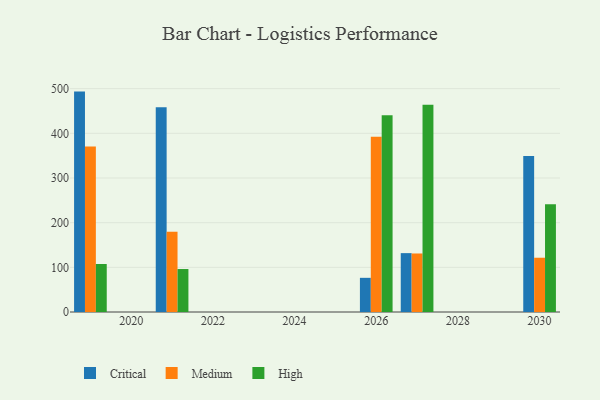
{"axis": {"x": "Year", "y": "Churn Rate (%)"}, "legend": ["Critical", "High", "Medium"], "data": [{"x": "2019", "y": 493.4, "type": "Critical"}, {"x": "2019", "y": 370.5, "type": "Medium"}, {"x": "2019", "y": 107.4, "type": "High"}, {"x": "2021", "y": 458.6, "type": "Critical"}, {"x": "2021", "y": 179.7, "type": "Medium"}, {"x": "2021", "y": 96.2, "type": "High"}, {"x": "2026", "y": 76.5, "type": "Critical"}, {"x": "2026", "y": 392.3, "type": "Medium"}, {"x": "2026", "y": 440.7, "type": "High"}, {"x": "2027", "y": 131.8, "type": "Critical"}, {"x": "2027", "y": 131.0, "type": "Medium"}, {"x": "2027", "y": 464.2, "type": "High"}, {"x": "2030", "y": 349.5, "type": "Critical"}, {"x": "2030", "y": 121.5, "type": "Medium"}, {"x": "2030", "y": 241.4, "type": "High"}]}